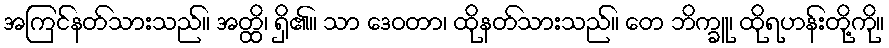
အကြင်နတ်သားသည်။ အတ္ထိ၊ ရှိ၏။ သာ ဒေဝတာ၊ ထိုနတ်သားသည်။ တေ ဘိက္ခူ၊ ထိုရဟန်းတို့ကို။